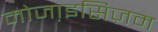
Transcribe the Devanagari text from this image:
मोजा़इसिज़म